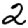
Digit: 2